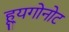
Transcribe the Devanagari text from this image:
ह्यूगोनोट